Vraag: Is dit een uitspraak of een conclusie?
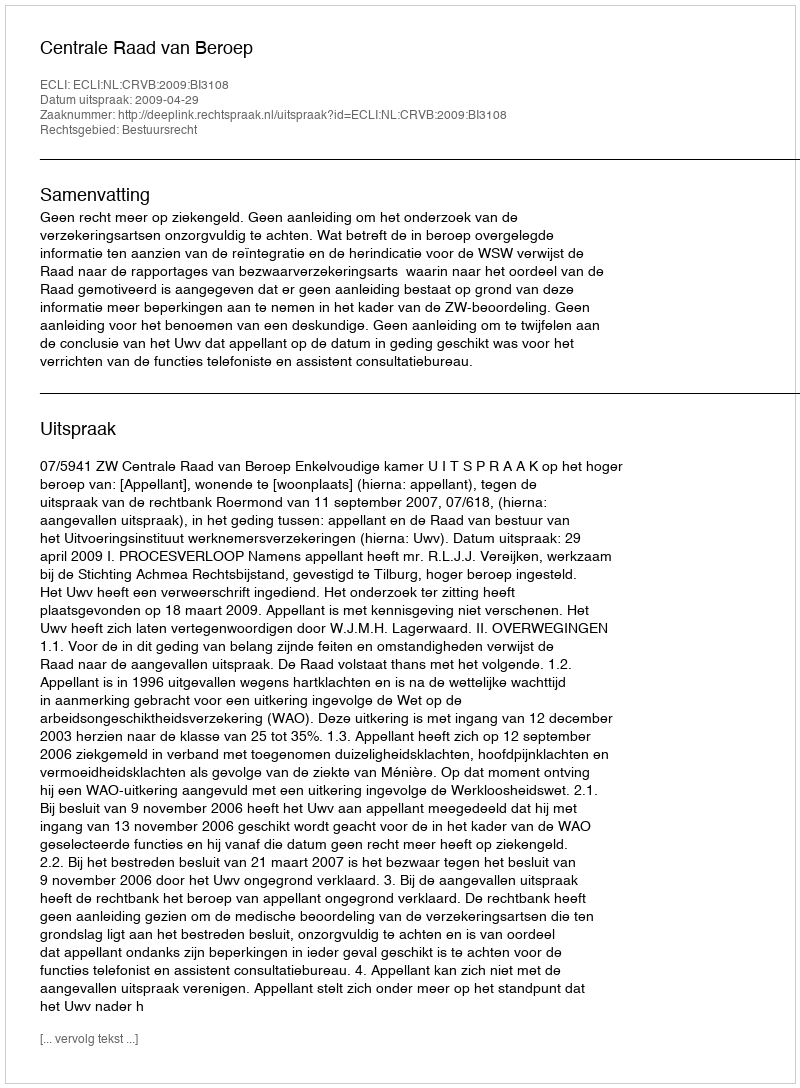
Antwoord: Uitspraak